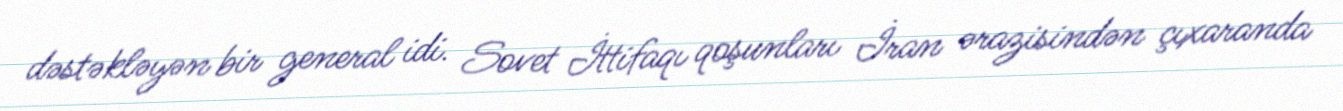
dəstəkləyən bir general idi. Sovet İttifaqı qoşunları İran ərazisindən çıxaranda